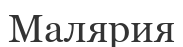
Малярия